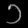
Digit: ၁